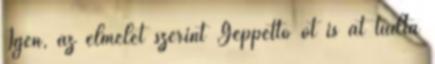
Igen, az elmélet szerint Geppetto őt is át tudta